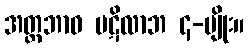
အတ္တဘာဝ ပဋိလာဘ ၄-မျိုး။